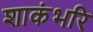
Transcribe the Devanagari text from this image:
शाकंभरि